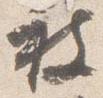
被